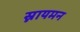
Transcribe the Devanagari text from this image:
स्नायमन